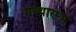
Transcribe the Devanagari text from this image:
ग्रन्थारम्भ